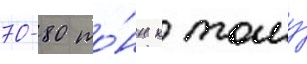
70-80 то́нн к тому́